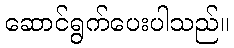
ဆောင်ရွက်ပေးပါသည်။